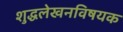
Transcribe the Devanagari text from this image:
शुद्धलेखनविषयक